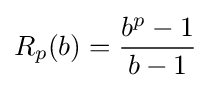
R_{p}(b)={\frac {b^{p}-1}{b-1}}